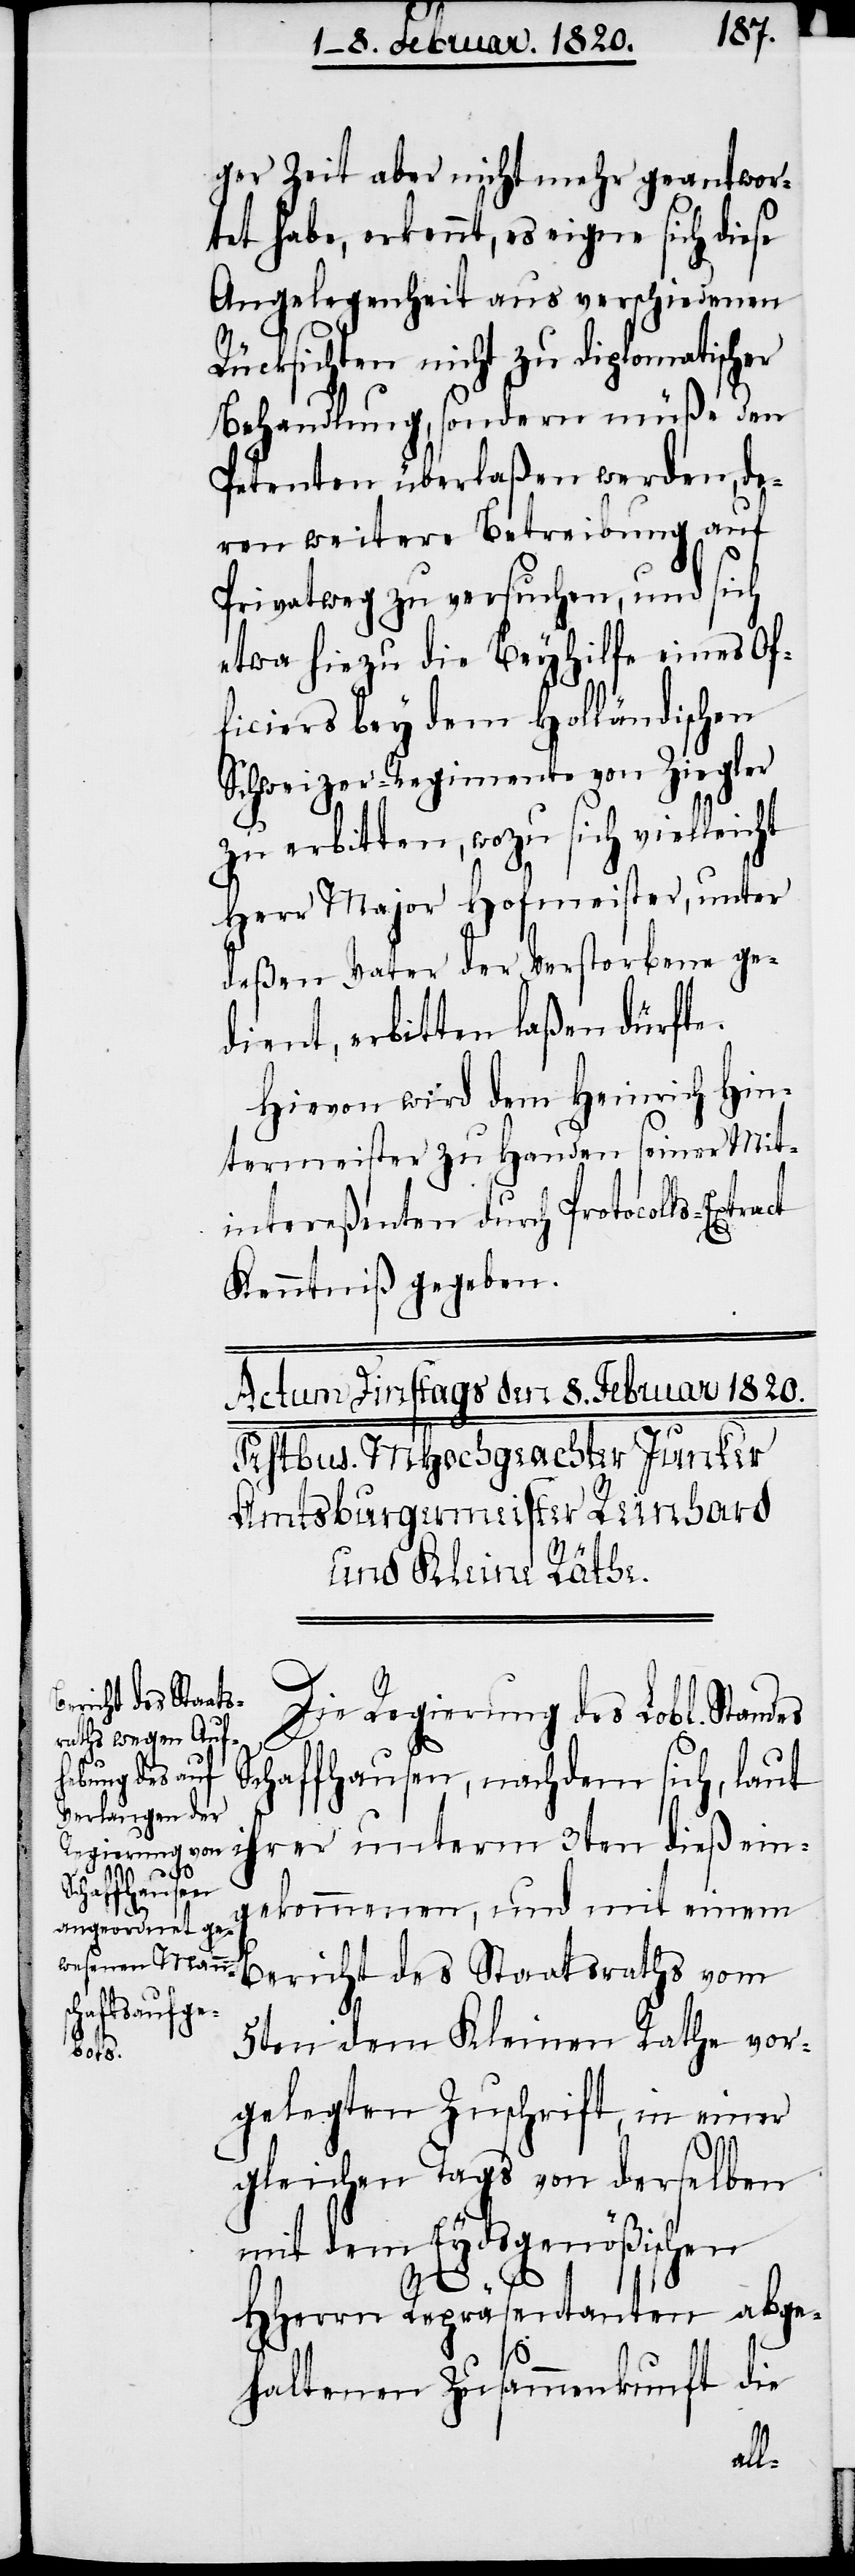
ger Zeit aber nicht mehr geantwor¬
tet habe, erkennt, es eigne sich diese
Angelegenheit aus verschiedenen
Rücksichten nicht zu diplomatischer
Behandlung, sondern müße den
Petenten überlaßen werden, de¬
ren weitere Betreibung auf
Privatweg zu versuchen, und sich
etwa hiezu die Beyhilfe eines Of¬
ficiers bey dem Holländischen
Schweizer-Regimente von Ziegler
zu erbitten, wozu sich vielleicht
Herr Major Hofmeister, unter
deßen Vater der Verstorbene ge¬
dient, erbitten laßen dürfte.
Hievon wird dem Heinrich Hin¬
termeister zu Handen seiner Mit¬
intereßenten durch Protocolls-Extract
Kenntniß gegeben.
Die Regierung des Lobl. Standes
Schaffhausen, nachdem sich, laut
ihrer unterm 3ten dieß ein¬
gekommenen, und mit einem
Bericht des Staatsraths vom
5ten dem Kleinen Rathe vor¬
gelegten Zuschrift, in einer
gleichen Tags von derselben
mit dem Eydsgenößischen
HHerrn Repräsentanten abge¬
haltenen Zusammenkunft die